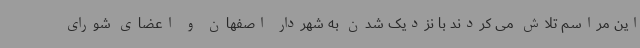
این مراسم تلاش می کردند با نزدیک شدن به شهردار اصفهان و اعضای شورای